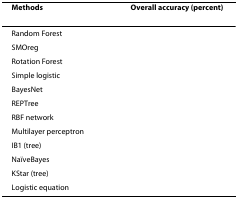
<table><thead><tr><td><b>Methods</b></td><td><b>Overall accuracy (percent)</b></td></tr></thead><tbody><tr><td>Random Forest</td><td>[EMPTY_CELL]</td></tr><tr><td>SMOreg</td><td>[EMPTY_CELL]</td></tr><tr><td>Rotation Forest</td><td>[EMPTY_CELL]</td></tr><tr><td>Simple logistic</td><td>[EMPTY_CELL]</td></tr><tr><td>BayesNet</td><td>[EMPTY_CELL]</td></tr><tr><td>REPTree</td><td>[EMPTY_CELL]</td></tr><tr><td>RBF network</td><td>[EMPTY_CELL]</td></tr><tr><td>Multilayer perceptron</td><td>[EMPTY_CELL]</td></tr><tr><td>IB1 (tree)</td><td>[EMPTY_CELL]</td></tr><tr><td>NaïveBayes</td><td>[EMPTY_CELL]</td></tr><tr><td>KStar (tree)</td><td>[EMPTY_CELL]</td></tr><tr><td>Logistic equation</td><td>[EMPTY_CELL]</td></tr></tbody></table>